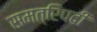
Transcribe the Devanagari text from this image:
समत्रिपदी